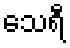
သေရီ